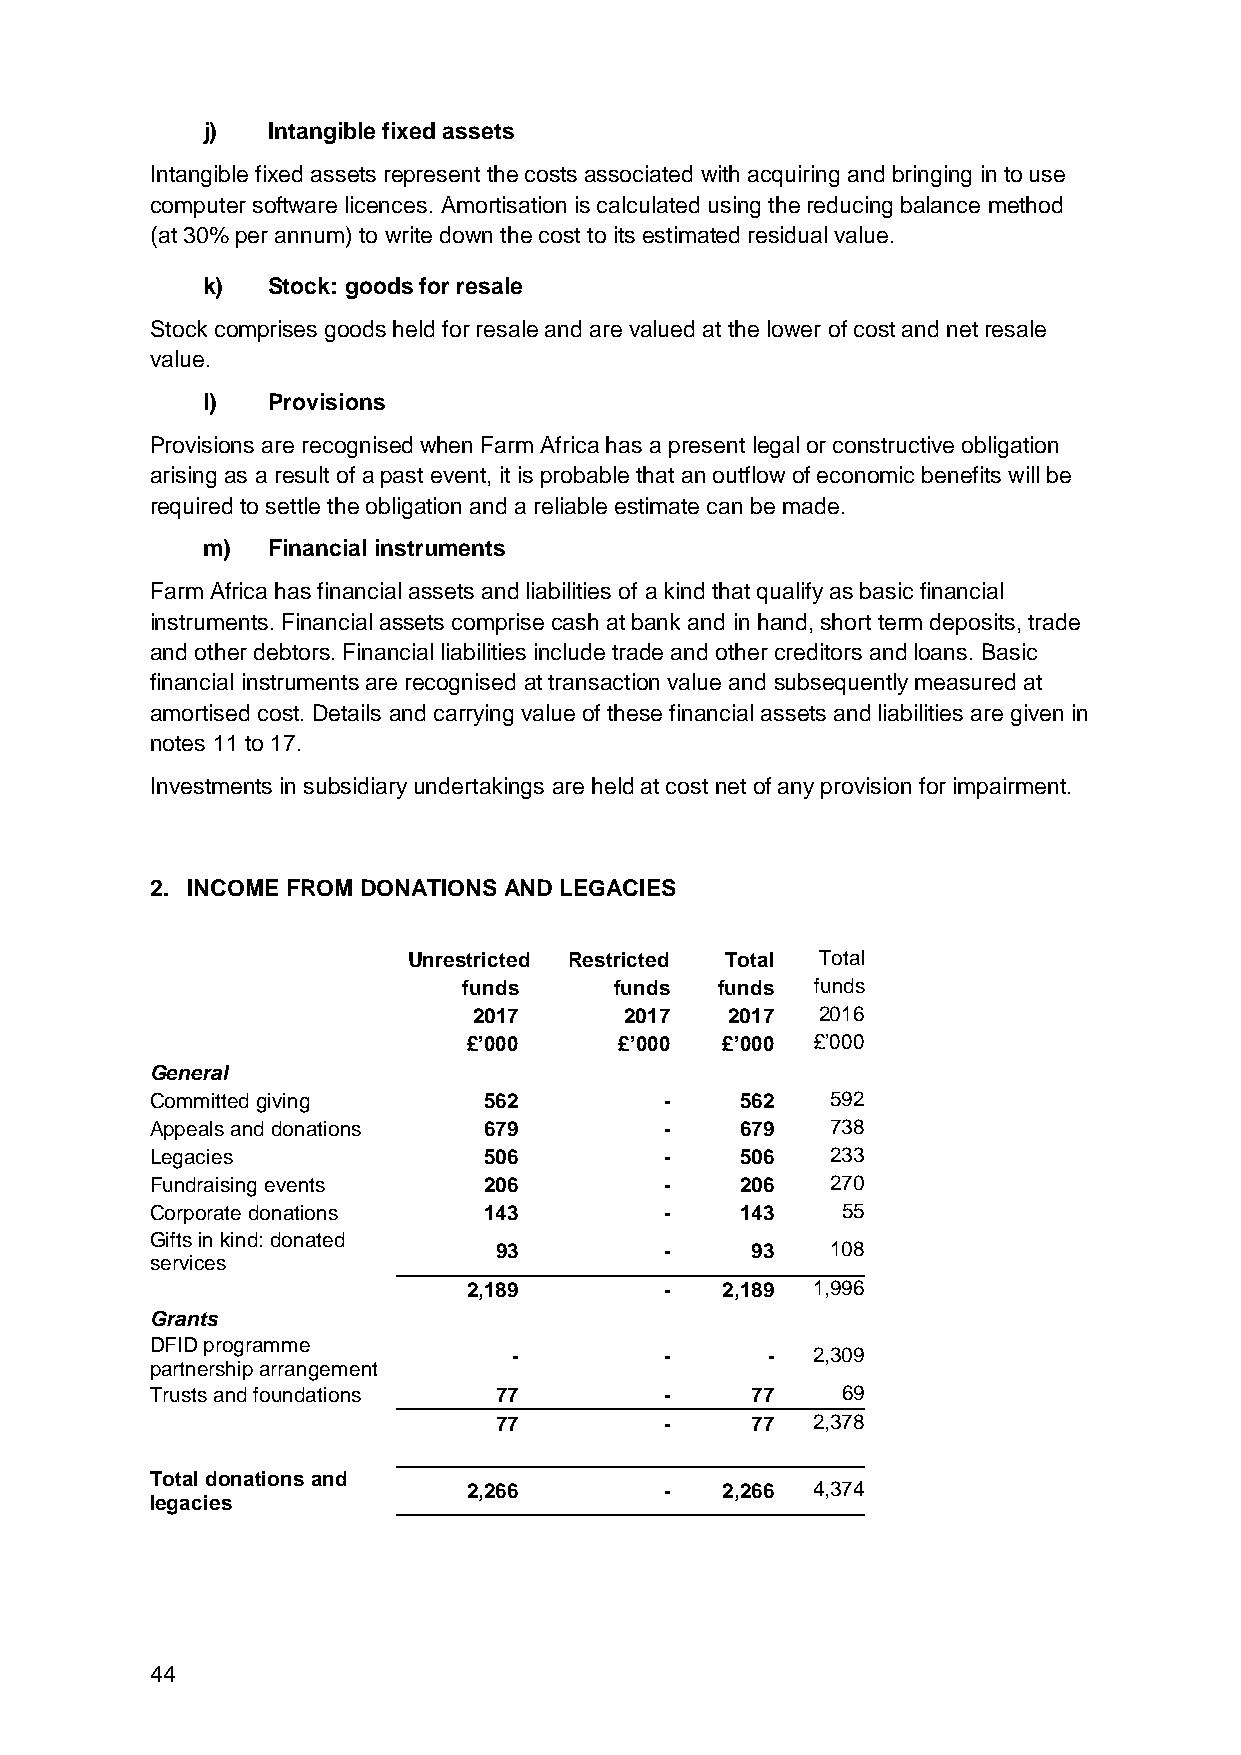
j)   Intangible fixed assets
 Intangible fixed assets represent the costs associated with acquiring and bringing in to use
 computer software licences. Amortisation is calculated using the reducing balance method
 (at 30% per annum) to write down the cost to its estimated residual value.
 k)   Stock: goods for resale
 Stock comprises goods held for resale and are valued at the lower of cost and net resale
 value.
 l)   Provisions
 Provisions are recognised when Farm Africa has a present legal or constructive obligation
 arising as a result of a past event, it is probable that an outflow of economic benefits will be
 required to settle the obligation and a reliable estimate can be made.
 m)   Financial instruments
 Farm Africa has financial assets and liabilities of a kind that qualify as basic financial
 instruments. Financial assets comprise cash at bank and in hand, short term deposits, trade
 and other debtors. Financial liabilities include trade and other creditors and loans. Basic
 financial instruments are recognised at transaction value and subsequently measured at
 amortised cost. Details and carrying value of these financial assets and liabilities are given in
 notes 11 to 17.
 Investments in subsidiary undertakings are held at cost net of any provision for impairment.
 2. INCOME FROM DONATIONS AND LEGACIES
 Unrestricted Restricted Total Total
 funds     funds funds  funds
 2017      2017   2017  2016
 £’000     £’000  £’000 £’000
 General
 Committed giving      562         -    562   592
 Appeals and donations 679         -    679   738
 Legacies              506         -    506   233
 Fundraising events    206         -    206   270
 Corporate donations   143         -    143    55
 Gifts in kind: donated
 93         -     93   108
 services
 2,189        -   2,189 1,996
 Grants
 DFID programme
 -         -      -  2,309
 partnership arrangement
 Trusts and foundations 77         -     77    69
 77         -     77  2,378
 Total donations and
 2,266        -   2,266 4,374
 legacies
 44